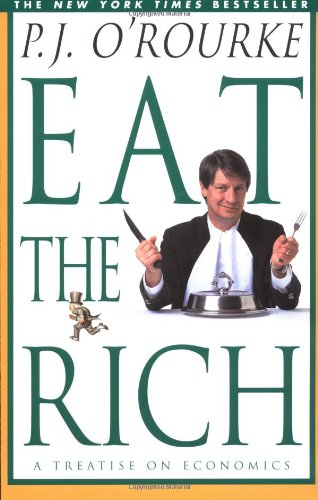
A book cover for Eat the Rich: A Treatise on Economics; P.  J. O'Rourke; Humor & Entertainment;